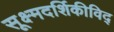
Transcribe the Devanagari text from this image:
सूक्ष्मदर्शिकीविद्